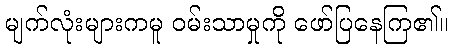
မျက်လုံးများကမူ ဝမ်းသာမှုကို ဖော်ပြနေကြ၏။